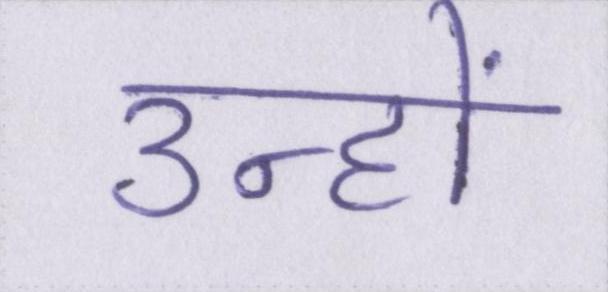
उन्हों